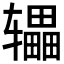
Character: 𫐙